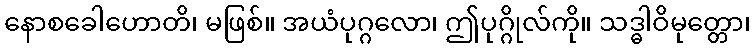
နောစခေါဟောတိ၊ မဖြစ်။ အယံပုဂ္ဂလော၊ ဤပုဂ္ဂိုလ်ကို။ သဒ္ဓါဝိမုတ္တော၊